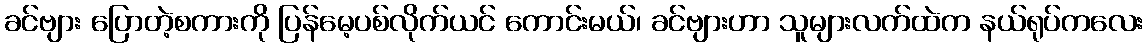
ခင်ဗျား ပြောတဲ့စကားကို ပြန်မေ့ပစ်လိုက်ယင် ကောင်းမယ်၊ ခင်ဗျားဟာ သူများလက်ထဲက နယ်ရုပ်ကလေး